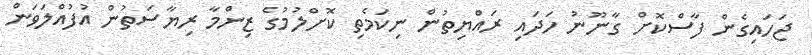
ޖަހައިގެން ފާސްކޮށް ގާނޫނު ހަދައި ރައްޔިތުން ނިކަމެތި ކޮށްލުމުގެ ޒިންމާ ރިޔާސަތުން އުފުއްލަވަން